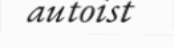
autoist